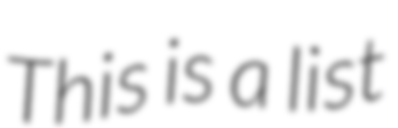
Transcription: This is a list